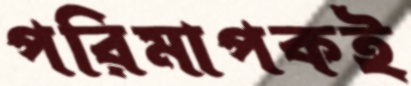
পরিমাপকই